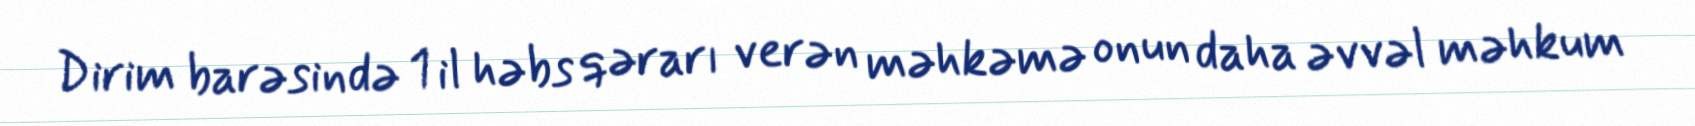
Dirim barəsində 1 il həbs qərarı verən məhkəmə onun daha əvvəl məhkum